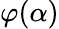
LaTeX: \varphi(\alpha)